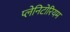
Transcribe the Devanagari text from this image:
प्लेनिटोरियम